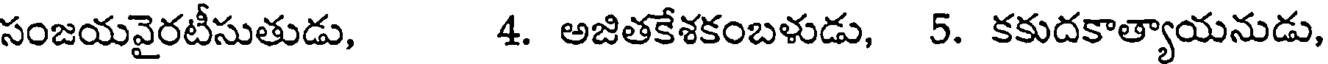
సంజయవైరటీసుతుడు, 4. అజితకేశకంబళుడు, 5. కకుదకాత్యాయనుడు,